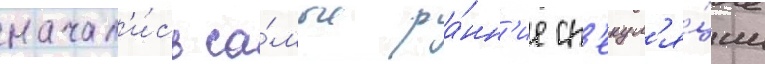
начал'и́сь са́мые ра́нн'ие сп'екул'я́ции